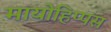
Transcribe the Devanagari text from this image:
मायोहिप्पस